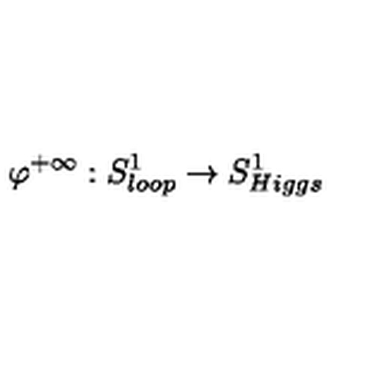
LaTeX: \varphi ^ { + \infty } : S _ { l o o p } ^ { 1 } \rightarrow S _ { H i g g s } ^ { 1 }